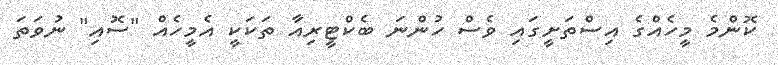
ކޮންމެ މީހެއްގެ އިސްތަށީގައި ވެސް ހުންނަ ބެކްޓީރިއާ ތަކަކީ އެމީހެއް "ސޮއި" ނުވަތަ